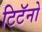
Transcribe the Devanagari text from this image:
टिटॅनो